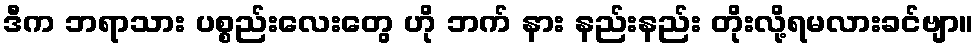
ဒီက ဘရာသား ပစ္စည်းလေးတွေ ဟို ဘက် နား နည်းနည်း တိုးလို့ရမလားခင်ဗျာ။